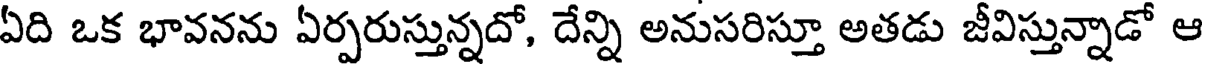
ఏది ఒక భావనను ఏర్పరుస్తున్నదో, దేన్ని అనుసరిస్తూ అతడు జీవిస్తున్నాడో ఆ